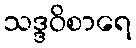
သဒ္ဒဝိစာရေ